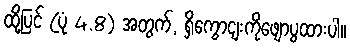
ထို့ပြင် (ပုံ 4.8) အတွက်, ရှိကွောငျးကိုဖျောပွထားပါ။